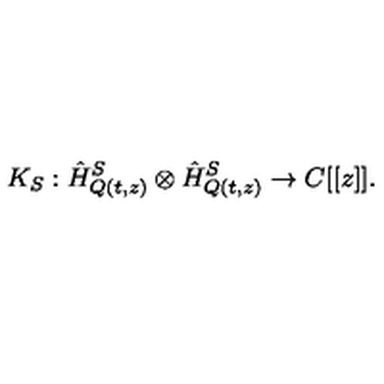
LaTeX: K _ { S } : \hat { H } _ { Q ( t , z ) } ^ { S } \otimes \hat { H } _ { Q ( t , z ) } ^ { S } \rightarrow C [ [ z ] ] .